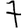
Digit: 7